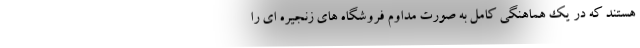
هستند که در یک هماهنگی کامل به صورت مداوم فروشگاه های زنجیره ای را